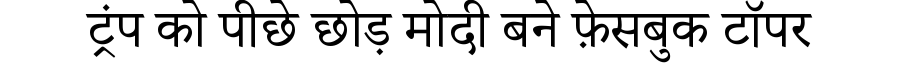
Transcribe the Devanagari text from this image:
ट्रंप को पीछे छोड़ मोदी बने फ़ेसबुक टॉपर